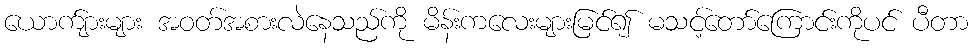
ယောက်ျားများ အဝတ်အစားလဲနေသည်ကို မိန်းကလေးများမြင်၍ မသင့်တော်ကြောင်းကိုပင် ပီတာ